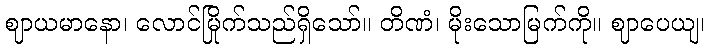
ဈာယမာနော၊ လောင်မြိုက်သည်ရှိသော်။ တိဏံ၊ မိုးသောမြက်ကို။ ဈာပေယျ၊